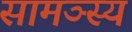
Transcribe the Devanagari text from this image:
सामञ्स्य